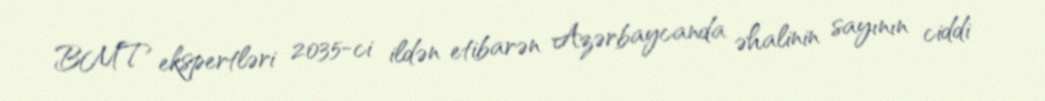
BMT ekspertləri 2035-ci ildən etibarən Azərbaycanda əhalinin sayının ciddi